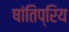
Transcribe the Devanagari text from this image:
षांतिप्रिय